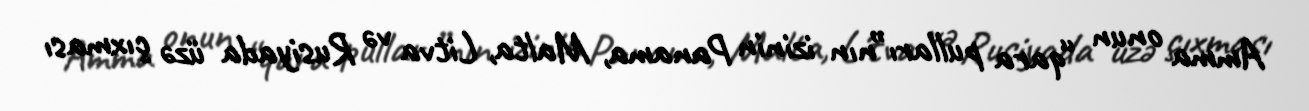
Amma onun “qara pulları”nın izinin Panama, Malta, Litva və Rusiyada üzə çıxması